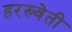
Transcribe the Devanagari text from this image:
हरख्वेती